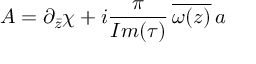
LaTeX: A = \partial _ { \bar { z } } \chi + i { \frac { \pi } { I m ( \tau ) } } \, \overline { { { \omega ( z ) } } } \, a